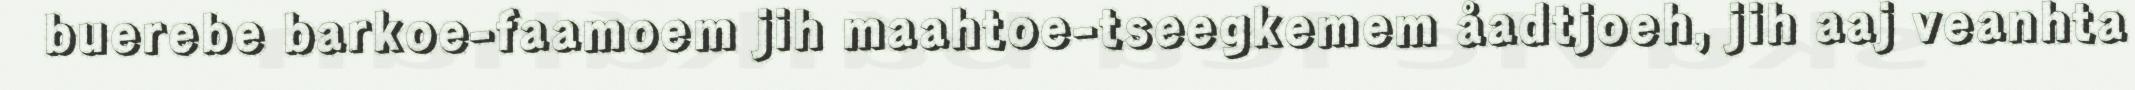
buerebe barkoe-faamoem jih maahtoe-tseegkemem åadtjoeh, jih aaj veanhta